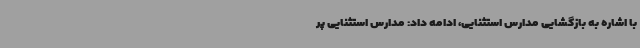
با اشاره به بازگشایی مدارس استثنایی، ادامه داد: مدارس استثنایی پر